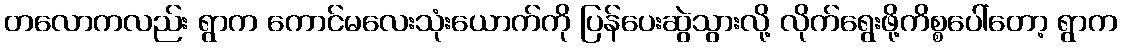
တလောကလည်း ရွာက ကောင်မလေးသုံးယောက်ကို ပြန်ပေးဆွဲသွားလို့ လိုက်ရွေးဖို့ကိစ္စပေါ်တော့ ရွာက